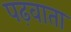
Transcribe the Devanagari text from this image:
पढ़वाता